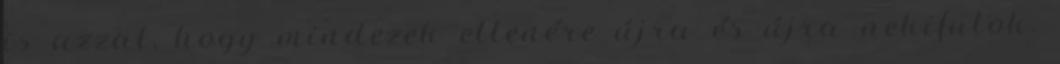
is azzal, hogy mindezek ellenére újra és újra nekifutok.